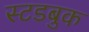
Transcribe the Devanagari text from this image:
स्टडबुक